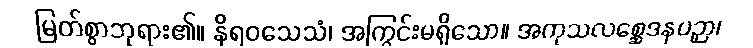
မြတ်စွာဘုရား၏။ နိရဝသေသံ၊ အကြွင်းမရှိသော။ အကုသလစ္ဆေဒနပဉှာ၊